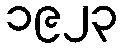
၁၉၂၃